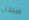
سيجن